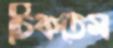
টিকতেম